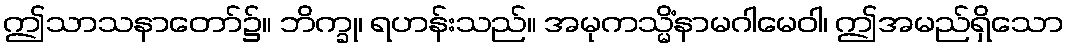
ဤသာသနာတော်၌။ ဘိက္ခု၊ ရဟန်းသည်။ အမုကသ္မိံနာမဂါမေဝါ၊ ဤအမည်ရှိသော